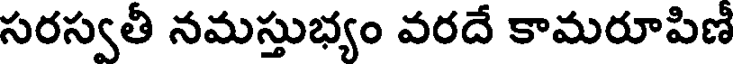
సరస్వతీ నమస్తుభ్యం వరదే కామరూపిణీ